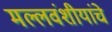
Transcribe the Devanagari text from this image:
मल्लवंशीयांचे